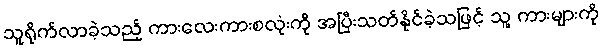
သူရိုက်လာခဲ့သည့် ကားလေးကားစလုံးကို အပြီးသတ်နိုင်ခဲ့သဖြင့် သူ့ ကားများကို